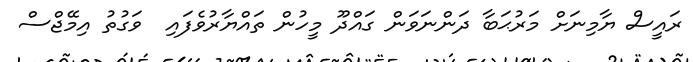
ރައީސް ޔާމިނަށް މަރުޙަބާ ދަންނަވަން ގައްދޫ މީހުން ތައްޔާރުވެފައި  ވަގުތު އިމޭޖްސް